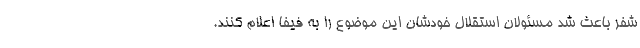
شفر باعث شد مسئولان استقلال خودشان این موضوع را به فیفا اعلام کنند.